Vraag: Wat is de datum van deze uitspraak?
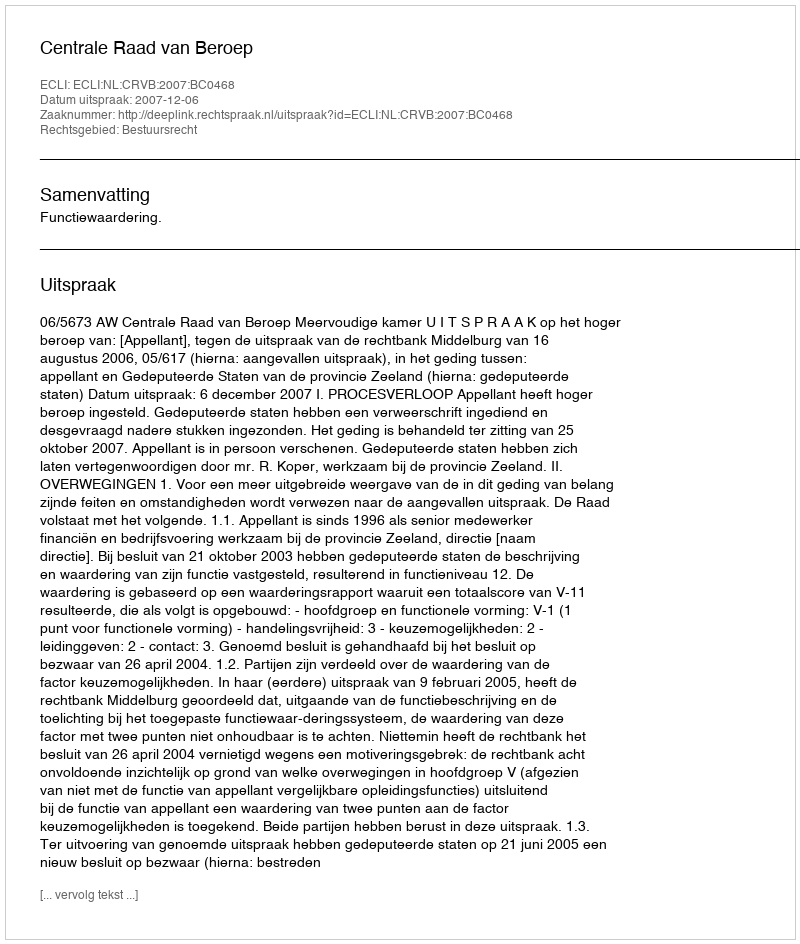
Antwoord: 2007-12-06